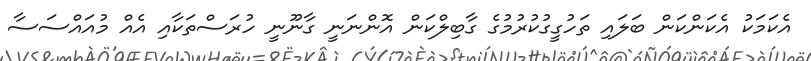
އެކަމަކު އެކަންކަން ބަލައި ތަހުގީގުކުރުމުގެ ގާބިލްކަން އޮންނަނީ ގާނޫނީ ހުރަސްތަކާއި އެއް މުއައްސަސާ